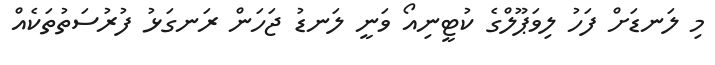
މި ލަނޑަށް ފަހު ލިވަޕޫލްގެ ކުޓީނިއޯ ވަނީ ލަނޑު ޖަހަން ރަނގަޅު ފުރުސަތުތަކެއް